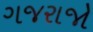
ગજરાજો